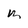
Character: m